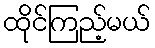
ထိုင်ကြည့်မယ်